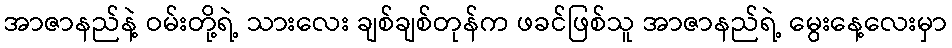
အာဇာနည်နဲ့ ဝမ်းတို့ရဲ့ သားလေး ချစ်ချစ်တုန်က ဖခင်ဖြစ်သူ အာဇာနည်ရဲ့ မွေးနေ့လေးမှာ